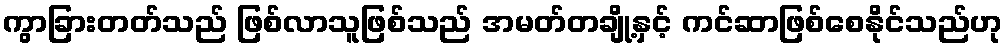
ကွာခြားတတ်သည် ဖြစ်လာသူဖြစ်သည် အမတ်တချို့နှင့် ကင်ဆာဖြစ်စေနိုင်သည်ဟု